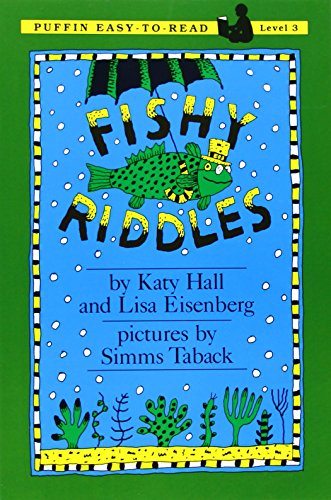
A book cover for Fishy Riddles: Level 3 (Easy-to-Read, Puffin); Katy Hall; Humor & Entertainment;